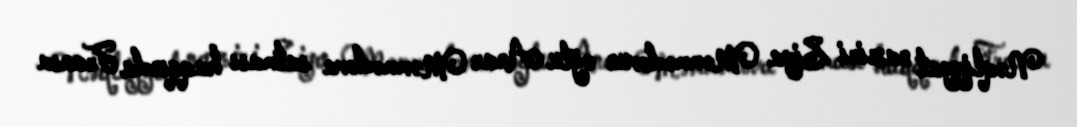
Nəqliyyat naziri Ziya Məmmədovun oğlu Anar Məmmədova satması haqqında Fransa